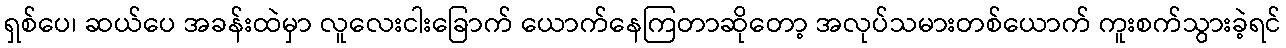
ရှစ်ပေ၊ ဆယ်ပေ အခန်းထဲမှာ လူလေးငါးခြောက် ယောက်နေကြတာဆိုတော့ အလုပ်သမားတစ်ယောက် ကူးစက်သွားခဲ့ရင်